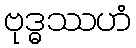
ဗုဒ္ဓဿဟံ